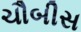
ચૌબીસ